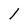
Character: l